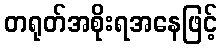
တရုတ်အစိုးရအနေဖြင့်